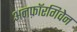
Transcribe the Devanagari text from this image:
अनफ़ॉरगिवेन